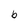
Character: b